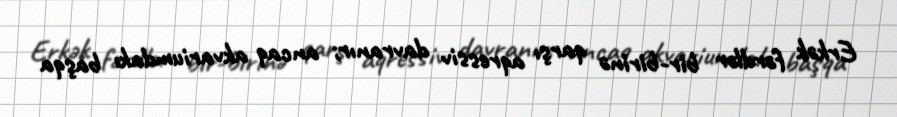
Erkək fərdlər bir-birinə qarşı aqressiv davranır; ancaq akvariumdakı başqa